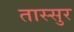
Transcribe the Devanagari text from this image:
तास्सुर